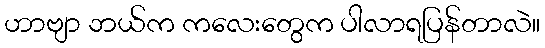
ဟာဗျာ ဘယ်က ကလေးတွေက ပါလာရပြန်တာလဲ။